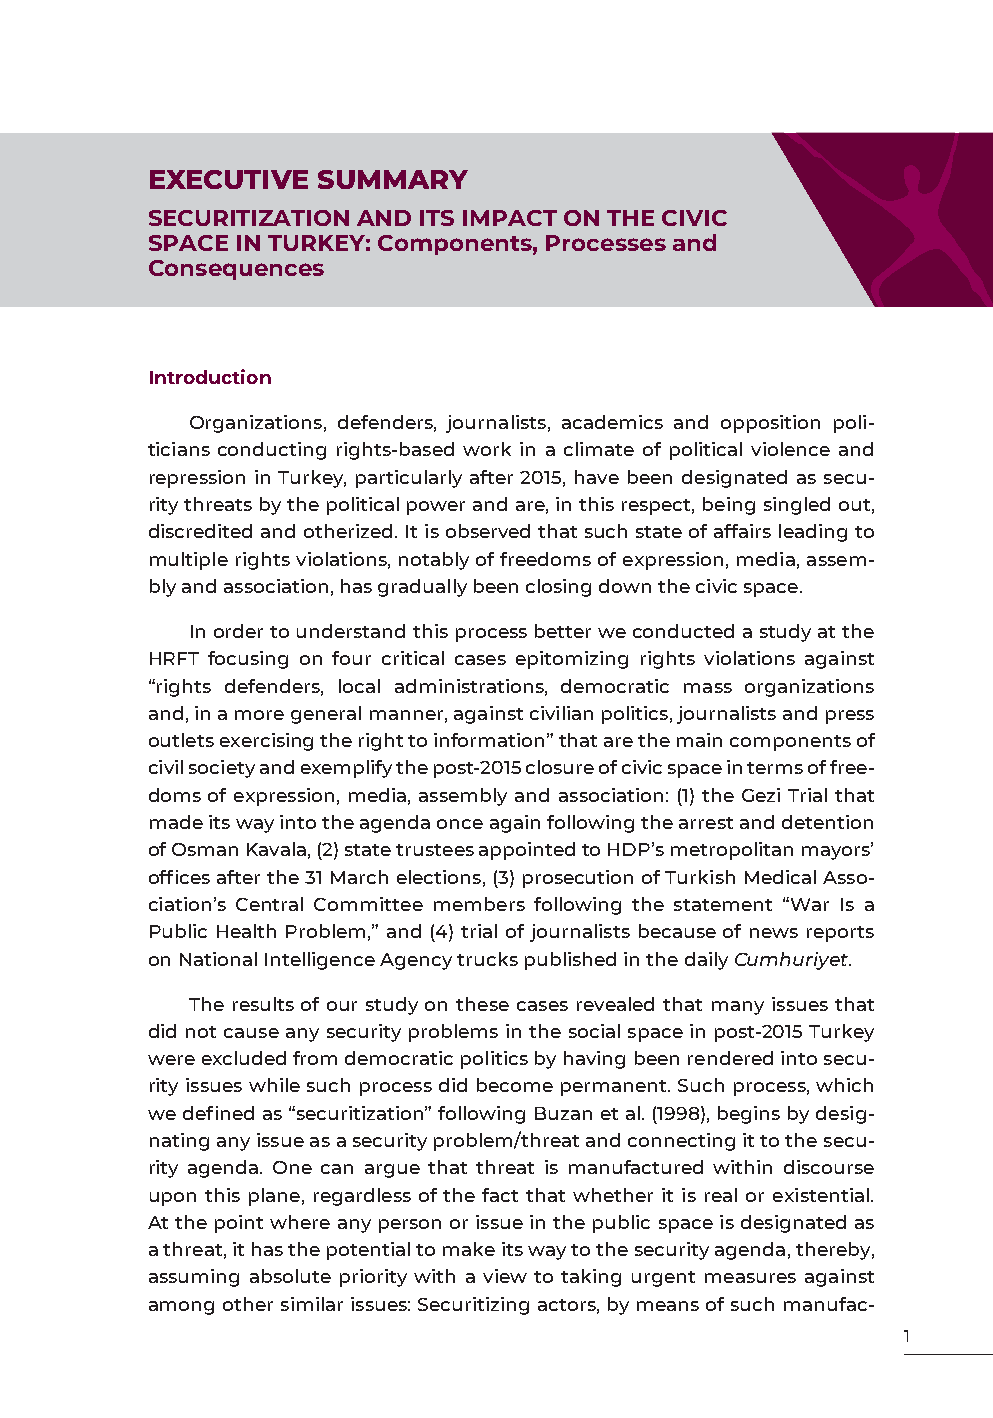
EXECUTIVE  SUMMARY
 SECURITIZATION AND ITS IMPACT ON THE CIVIC
 SPACE IN TURKEY: Components, Processes and
 Consequences
 Introduction
 Organizations, defenders, journalists, academics and opposition poli-
 ticians conducting rights-based work in a climate of political violence and
 repression in Turkey, particularly after 2015, have been designated as secu-
 rity threats by the political power and are, in this respect, being singled out,
 discredited and otherized. It is observed that such state of affairs leading to
 multiple rights violations, notably of freedoms of expression, media, assem-
 bly and association, has gradually been closing down the civic space.
 In order to understand this process better we conducted a study at the
 HRFT focusing on four critical cases epitomizing rights violations against
 “rights defenders, local administrations, democratic mass organizations
 and, in a more general manner, against civilian politics, journalists and press
 outlets exercising the right to information” that are the main components of
 civil society and exemplify the post-2015 closure of civic space in terms of free-
 doms of expression, media, assembly and association: (1) the Gezi Trial that
 made its way into the agenda once again following the arrest and detention
 of Osman Kavala, (2) state trustees appointed to HDP’s metropolitan mayors’
 offices after the 31 March elections, (3) prosecution of Turkish Medical Asso-
 ciation’s Central Committee members following the statement “War Is a
 Public Health Problem,” and (4) trial of journalists because of news reports
 on National Intelligence Agency trucks published in the daily Cumhuriyet.
 The results of our study on these cases revealed that many issues that
 did not cause any security problems in the social space in post-2015 Turkey
 were excluded from democratic politics by having been rendered into secu-
 rity issues while such process did become permanent. Such process, which
 we defined as “securitization” following Buzan et al. (1998), begins by desig-
 nating any issue as a security problem/threat and connecting it to the secu-
 rity agenda. One can argue that threat is manufactured within discourse
 upon this plane, regardless of the fact that whether it is real or existential.
 At the point where any person or issue in the public space is designated as
 a threat, it has the potential to make its way to the security agenda, thereby,
 assuming absolute priority with a view to taking urgent measures against
 among other similar issues: Securitizing actors, by means of such manufac-
 1